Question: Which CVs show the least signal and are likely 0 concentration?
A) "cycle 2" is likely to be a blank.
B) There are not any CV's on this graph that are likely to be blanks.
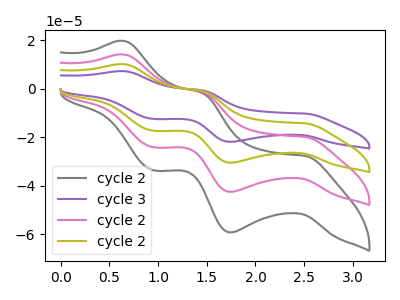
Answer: <think>The gray curve "cycle 2" has anodic peaks at (0.65V, 19.80uA) (1.45V, -1.65uA) and cathodic peaks at (2.50V, -27.65uA) (1.75V, -59.20uA) (0.95V, -33.60uA). The purple curve "cycle 3" has anodic peaks at (0.65V, 42.60uA) (1.45V, -3.50uA) and cathodic peaks at (2.50V, -59.50uA) (1.75V, -127.45uA) (0.95V, -72.30uA). The pink curve "cycle 2" has anodic peaks at (0.65V, 14.20uA) (1.45V, -1.15uA) and cathodic peaks at (2.50V, -19.85uA) (1.75V, -42.50uA) (0.95V, -24.10uA). The olive curve "cycle 2" has anodic peaks at (0.65V, 28.40uA) (1.45V, -2.35uA) and cathodic peaks at (2.50V, -39.65uA) (1.75V, -84.95uA) (0.95V, -48.20uA).</think>
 <answer>B) There are not any CV's on this graph that are likely to be blanks.</answer>
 <eval>B</eval>